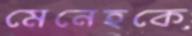
মেনেহকে